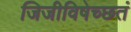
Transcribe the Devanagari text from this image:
जिजीविषेच्छतं